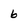
Character: 6